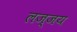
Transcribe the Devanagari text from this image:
लज्जय